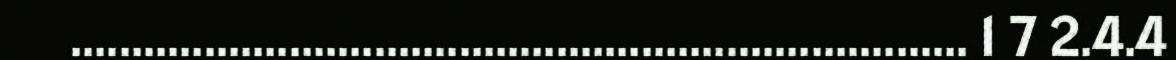
.......................................................................... 1 7 2.4.4